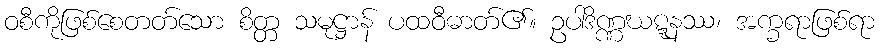
ဝစီကိုဖြစ်စေတတ်သော စိတ္တ သမုဋ္ဌာန် ပထဝီဓာတ်၏။ ဥပါဒိဏ္ဏဃဋ္ဋနဿ၊ အက္ခရာဖြစ်ရာ